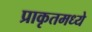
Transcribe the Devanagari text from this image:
प्राकृतमध्ये